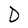
Character: D